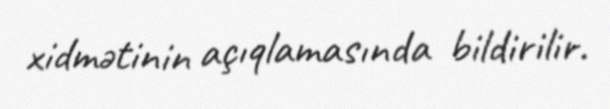
xidmətinin açıqlamasında bildirilir.